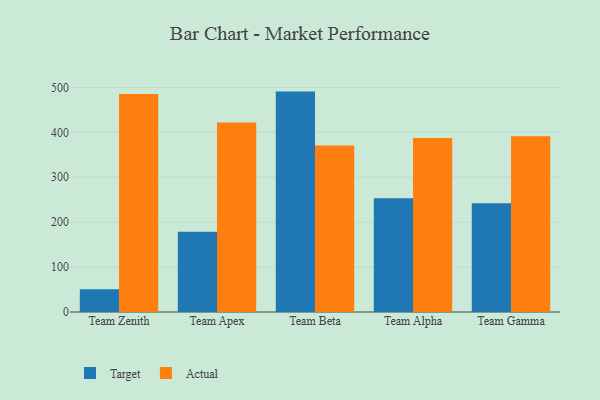
{"axis": {"x": "Team", "y": "Latency (ms)"}, "legend": ["Actual", "Target"], "data": [{"x": "Team Zenith", "y": 50.5, "type": "Target"}, {"x": "Team Zenith", "y": 485.6, "type": "Actual"}, {"x": "Team Apex", "y": 178.5, "type": "Target"}, {"x": "Team Apex", "y": 422.2, "type": "Actual"}, {"x": "Team Beta", "y": 490.8, "type": "Target"}, {"x": "Team Beta", "y": 370.5, "type": "Actual"}, {"x": "Team Alpha", "y": 253.4, "type": "Target"}, {"x": "Team Alpha", "y": 387.3, "type": "Actual"}, {"x": "Team Gamma", "y": 242.3, "type": "Target"}, {"x": "Team Gamma", "y": 391.5, "type": "Actual"}]}